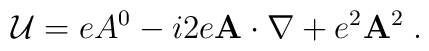
{\cal U}=eA^{0}-i2e{\bf A\cdot \nabla }+e^{2}{\bf A}^{2}\;.